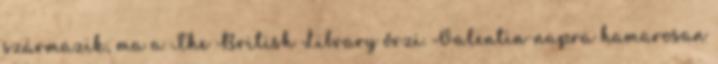
származik, ma a The British Library őrzi. Valentin-napra hamarosan